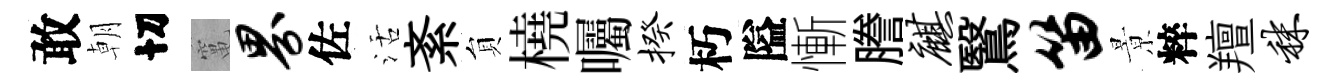
敢朝切𥧄界佐活紊貟橈囑揆朽隘慚謄麒鷖笛㬌粹羶秣